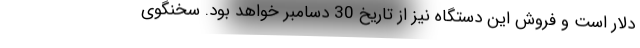
دلار است و فروش این دستگاه نیز از تاریخ 30 دسامبر خواهد بود. سخنگوی